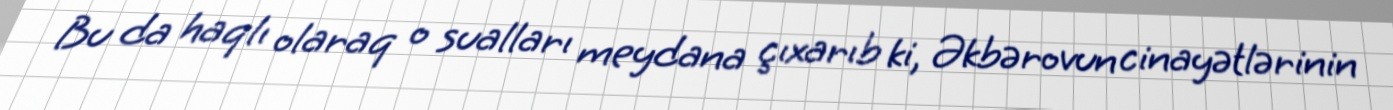
Bu da haqlı olaraq o sualları meydana çıxarıb ki, Əkbərovun cinayətlərinin